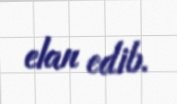
elan edib.